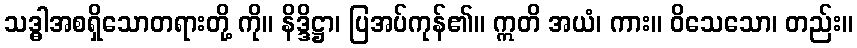
သဒ္ဓါအစရှိသောတရားတို့ ကို။ နိဒ္ဒိဋ္ဌာ၊ ပြအပ်ကုန်၏။ ဣတိ အယံ၊ ကား။ ဝိသေသော၊ တည်း။